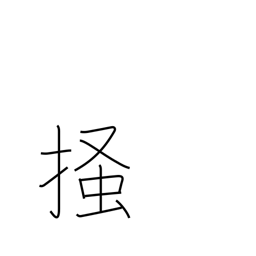
Meaning: scratch